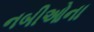
નબીઓના